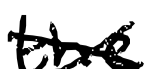
Text: the
Cross-out: cross
Writing tool: digital_black